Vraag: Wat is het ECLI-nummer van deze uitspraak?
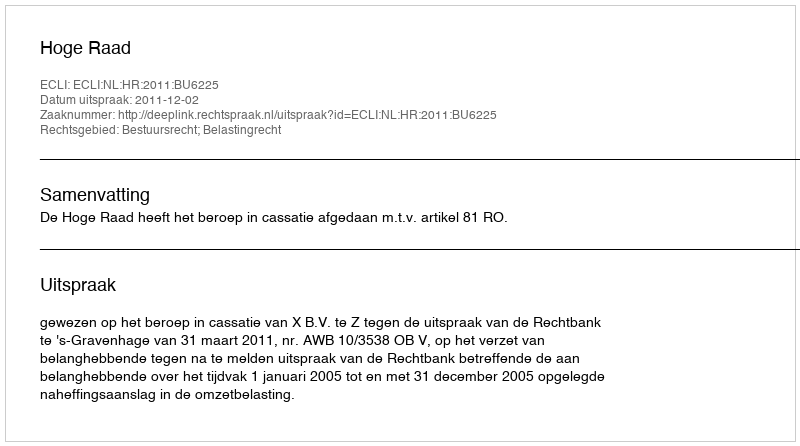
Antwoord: ECLI:NL:HR:2011:BU6225